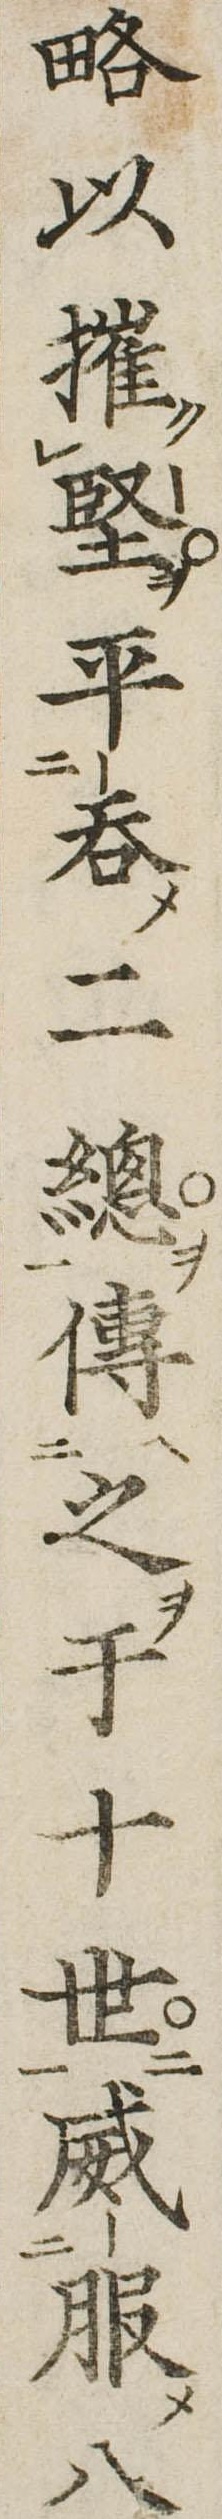
略以摧堅平呑二総伝之于十世威服八